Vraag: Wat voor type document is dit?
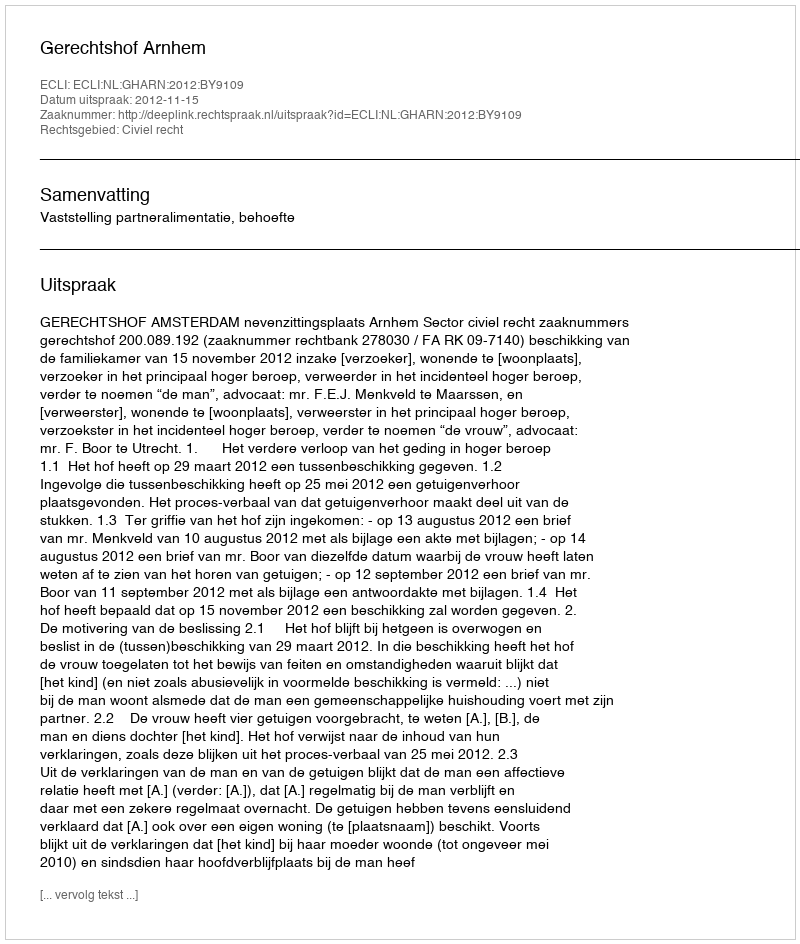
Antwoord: Uitspraak